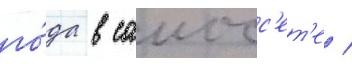
го́да в саиосс'ет'е /